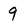
Character: 9